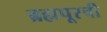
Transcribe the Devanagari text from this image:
ब्रह्मपूरची